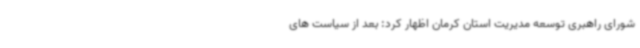
شورای راهبری توسعه مدیریت استان کرمان اظهار کرد: بعد از سیاست های